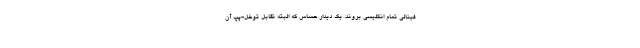
فینالی تمام انگلیسی بروند. یک دیدار حساس که البته تقابل توخل-پپ آن